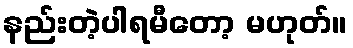
နည်းတဲ့ပါရမီတော့ မဟုတ်။